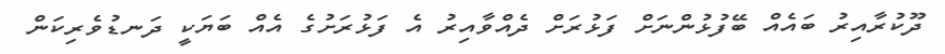
ދޫކުރާއިރު ބައެއް ބޭފުޅުންނަށް ފަޅުރަށް ދެއްވާއިރު އެ ފަޅުރަށުގެ އެއް ބަޔަކީ ދަނޑުވެރިކަން